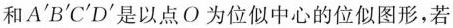
和A^{\prime}B^{\prime}C^{\prime}D^{\prime}是以点O为位似中心的位似图形，若